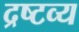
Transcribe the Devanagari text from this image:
द्रष्‍टव्य